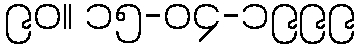
၉၀။ ၁၅-၀၄-၁၉၉၉